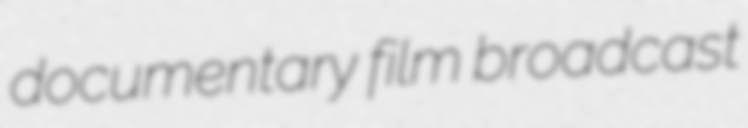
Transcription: documentary film broadcast